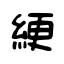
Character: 綆